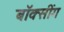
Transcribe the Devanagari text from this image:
बॉक्सींग